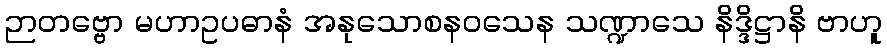
ဉာတဗ္ဗော မဟာဥပဓာနံ အနုသောစနဝသေန သဏ္ဍာသေ နိဒ္ဒိဋ္ဌာနိ ဗာဟူ